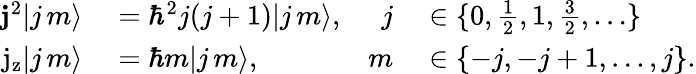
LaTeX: \begin{array}{rlrl}{\mathbf{j}^{2}|j\, m\rangle}&{{}=\hbar^{2}j(j+1)|j\, m\rangle,}&{j}&{{}\in\{ 0,{\frac{1}{2}},1,{\frac{3}{2}},\ldots\} }\\ {\mathrm{j_{z}}|j\, m\rangle}&{{}=\hbar m|j\, m\rangle,}&{m}&{{}\in\{ -j,-j+1,\ldots,j\} .}\end{array}